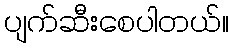
ပျက်ဆီးစေပါတယ်။